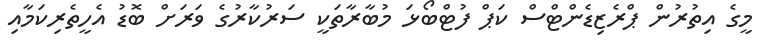
މީގެ އިތުރުން ޕްރެޒިޑެންޓްސް ކަޕް ފުޓްބޯޅަ މުބާރާތަކީ ސަރުކާރުގެ ވަރަށް ބޮޑު އެހީތެރިކަމާއި